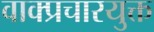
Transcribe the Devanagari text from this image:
वाक्प्रचारयुक्त